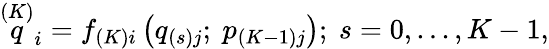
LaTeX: \stackrel{\left(K\right)}{q}_{i}=f_{\left(K\right)i}\left(q_{\left(s\right)j};\ p_{\left(K-1\right)j}\right);\ s=0,...,K-1,